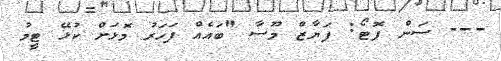
--- ސަން ފޮޓޯ: ފަޔާޒް މޫސާ "ބައެއް ފަހަރު މޮޅަށް ކުޅޭ ޓީމު